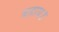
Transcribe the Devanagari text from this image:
बहाय॥